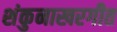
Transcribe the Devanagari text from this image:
शंकुनाखरगीत